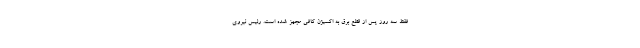
فقط سه روز پس از قطع برق به اکسیژن کافی مجهز شده است. رئیس نیروی